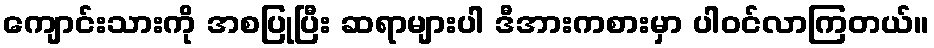
ကျောင်းသားကို အစပြုပြီး ဆရာများပါ ဒီအားကစားမှာ ပါဝင်လာကြတယ်။